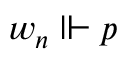
w _ { n } \Vdash p